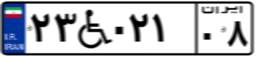
۵۳W۵۱۴۳۷